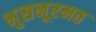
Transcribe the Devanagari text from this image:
भुसनूरमठ